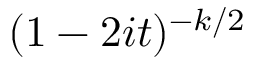
\! \, ( 1 - 2 i t ) ^ { - k / 2 }